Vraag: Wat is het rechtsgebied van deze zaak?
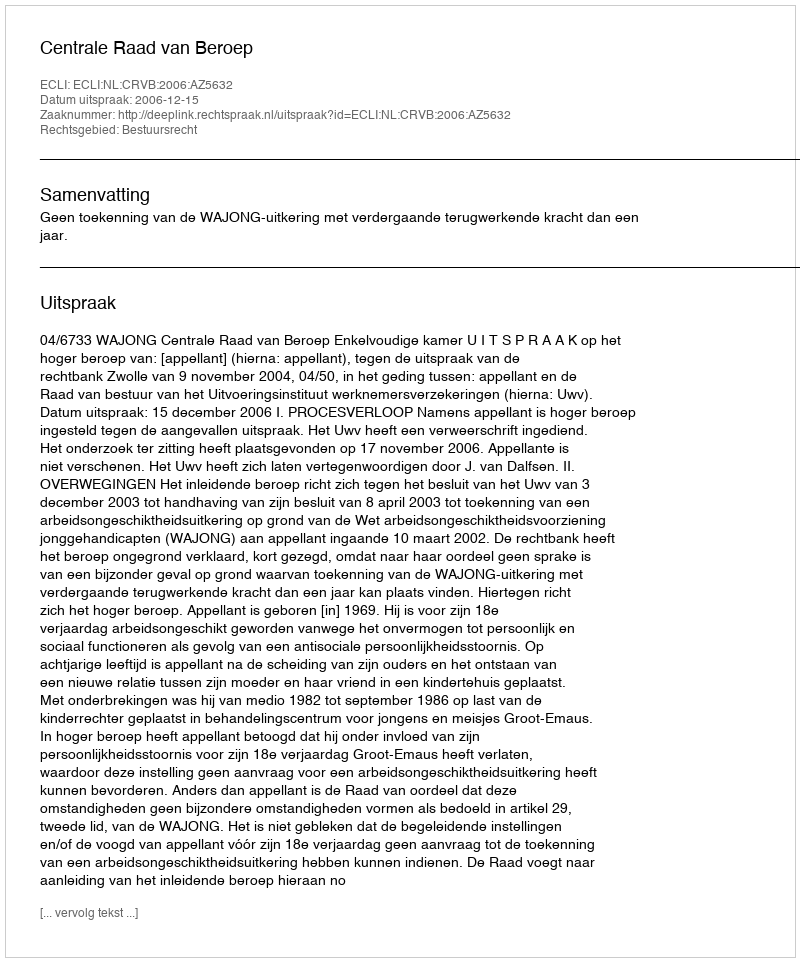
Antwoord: Bestuursrecht